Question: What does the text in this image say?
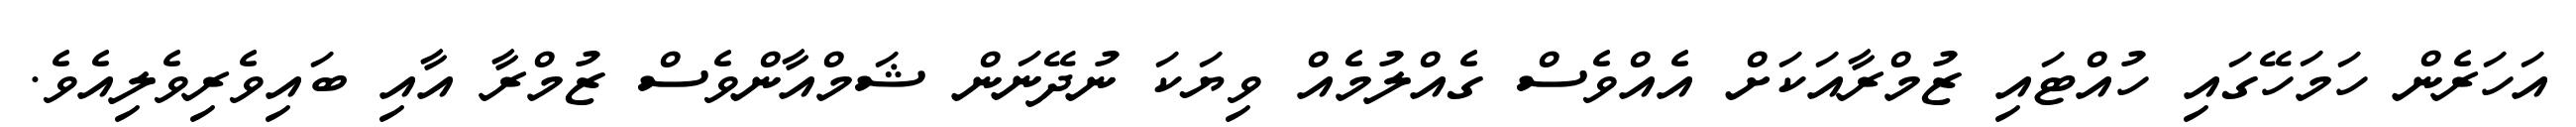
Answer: އަހަރެން ހަމަހޭގައި ހުއްޓައި ޒުމްރާއަކަށް އެއްވެސް ގެއްލުމެއް ވިޔަކަ ނުދޭނަން ޝަމްއާންވެސް ޒުމްރާ އާއި ބައިވެރިވެލިއެވެ.